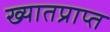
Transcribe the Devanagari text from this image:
ख्यातप्राप्त